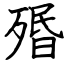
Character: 㱪